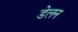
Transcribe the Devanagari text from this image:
डेलन